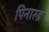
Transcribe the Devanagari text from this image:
पिनारुद्र